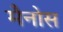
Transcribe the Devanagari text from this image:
मैनोस